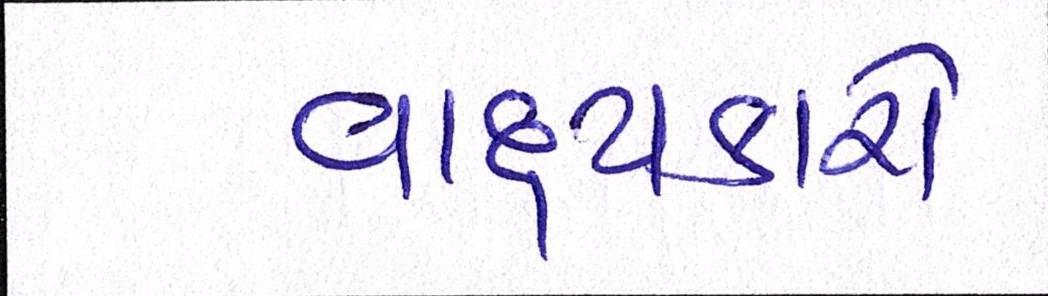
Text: વાદ્યકારો